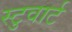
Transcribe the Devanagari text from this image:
स्टुवार्ट